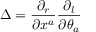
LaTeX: \Delta = { \frac { \partial _ { r } } { \partial x ^ { a } } } { \frac { \partial _ { l } } { \partial \theta _ { a } } }